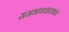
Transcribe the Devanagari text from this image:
समभागधारकांत